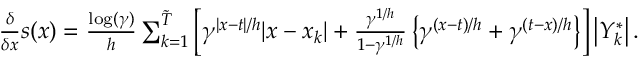
\begin{array} { r l } & { \frac { \delta } { \delta x } s ( x ) = \frac { \log ( \gamma ) } { h } \sum _ { k = 1 } ^ { \tilde { T } } \left[ \gamma ^ { | x - t | / h } | x - x _ { k } | + \frac { \gamma ^ { 1 / h } } { 1 - \gamma ^ { 1 / h } } \left\{ \gamma ^ { ( x - t ) / h } + \gamma ^ { ( t - x ) / h } \right\} \right] \left| Y _ { k } ^ { * } \right| . } \end{array}